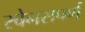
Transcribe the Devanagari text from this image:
रवेनसपर्ण